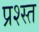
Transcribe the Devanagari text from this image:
प्रश्स्त